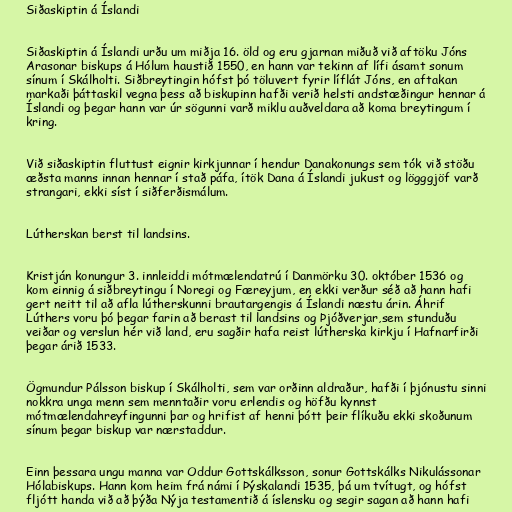
Siðaskiptin á Íslandi

Siðaskiptin á Íslandi urðu um miðja 16. öld og eru gjarnan miðuð við aftöku Jóns
Arasonar biskups á Hólum haustið 1550, en hann var tekinn af lífi ásamt sonum
sínum í Skálholti. Siðbreytingin hófst þó töluvert fyrir líflát Jóns, en aftakan
markaði þáttaskil vegna þess að biskupinn hafði verið helsti andstæðingur hennar á
Íslandi og þegar hann var úr sögunni varð miklu auðveldara að koma breytingum í
kring.

Við siðaskiptin fluttust eignir kirkjunnar í hendur Danakonungs sem tók við stöðu
æðsta manns innan hennar í stað páfa, ítök Dana á Íslandi jukust og lögggjöf varð
strangari, ekki síst í siðferðismálum.

Lútherskan berst til landsins.

Kristján konungur 3. innleiddi mótmælendatrú í Danmörku 30. október 1536 og
kom einnig á siðbreytingu í Noregi og Færeyjum, en ekki verður séð að hann hafi
gert neitt til að afla lútherskunni brautargengis á Íslandi næstu árin. Áhrif
Lúthers voru þó þegar farin að berast til landsins og Þjóðverjar,sem stunduðu
veiðar og verslun hér við land, eru sagðir hafa reist lútherska kirkju í Hafnarfirði
þegar árið 1533.

Ögmundur Pálsson biskup í Skálholti, sem var orðinn aldraður, hafði í þjónustu sinni
nokkra unga menn sem menntaðir voru erlendis og höfðu kynnst
mótmælendahreyfingunni þar og hrifist af henni þótt þeir flíkuðu ekki skoðunum
sínum þegar biskup var nærstaddur.

Einn þessara ungu manna var Oddur Gottskálksson, sonur Gottskálks Nikulássonar
Hólabiskups. Hann kom heim frá námi í Þýskalandi 1535, þá um tvítugt, og hófst
fljótt handa við að þýða Nýja testamentið á íslensku og segir sagan að hann hafi